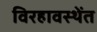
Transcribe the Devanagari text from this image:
विरहावस्थेंत